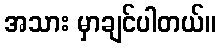
အသား မှာချင်ပါတယ်။